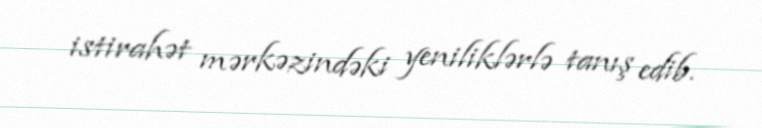
istirahət mərkəzindəki yeniliklərlə tanış edib.